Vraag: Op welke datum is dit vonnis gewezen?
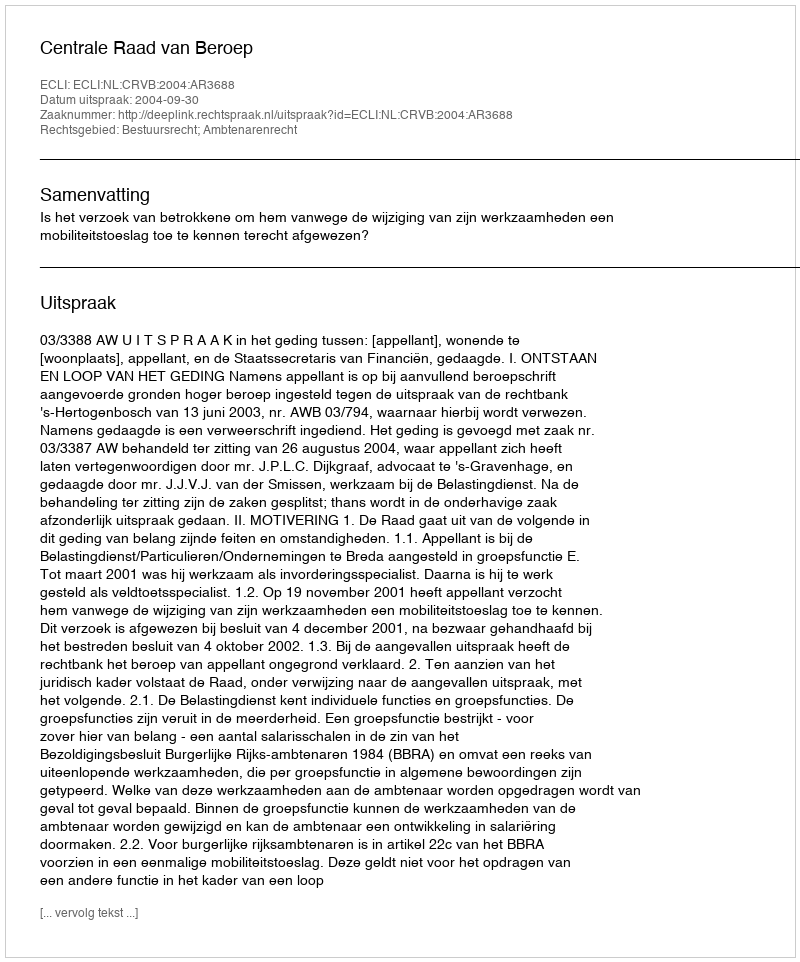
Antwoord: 2004-09-30